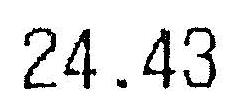
24.43